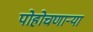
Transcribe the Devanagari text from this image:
पोहोचणार्‍या